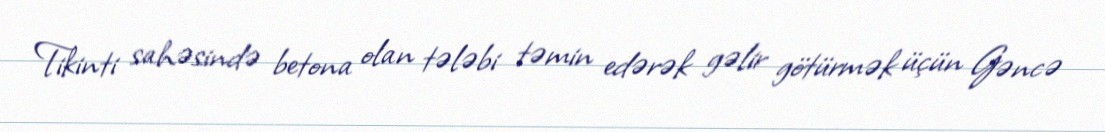
Tikinti sahəsində betona olan tələbi təmin edərək gəlir götürmək üçün Gəncə